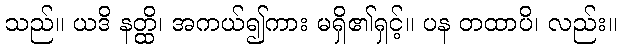
သည်။ ယဒိ နတ္ထိ၊ အကယ်၍ကား မရှိ၏ရှင့်။ ပန တထာပိ၊ လည်း။